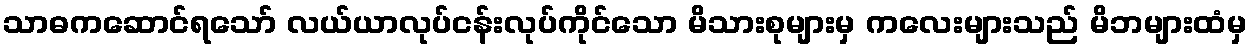
သာဓကဆောင်ရသော် လယ်ယာလုပ်ငန်းလုပ်ကိုင်သော မိသားစုများမှ ကလေးများသည် မိဘများထံမှ